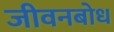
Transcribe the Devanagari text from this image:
जीवनबोध